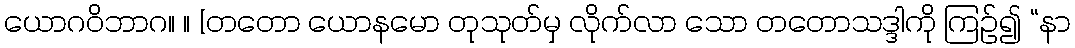
ယောဂဝိဘာဂ။ ။ [တတော ယောနမော တုသုတ်မှ လိုက်လာ သော တတောသဒ္ဒါကို ကြဉ်၍ “နာ